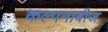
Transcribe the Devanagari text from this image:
कल्पनाबीज